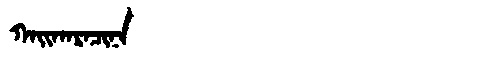
Manchu: ᡴᠠᡳᡴᠠᡵᠠᠴᡳᠨᠠ
Romanization: KAIKARACINA